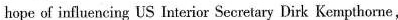
hope of iniluencing US Interior Secretary Dirk Kempthome,